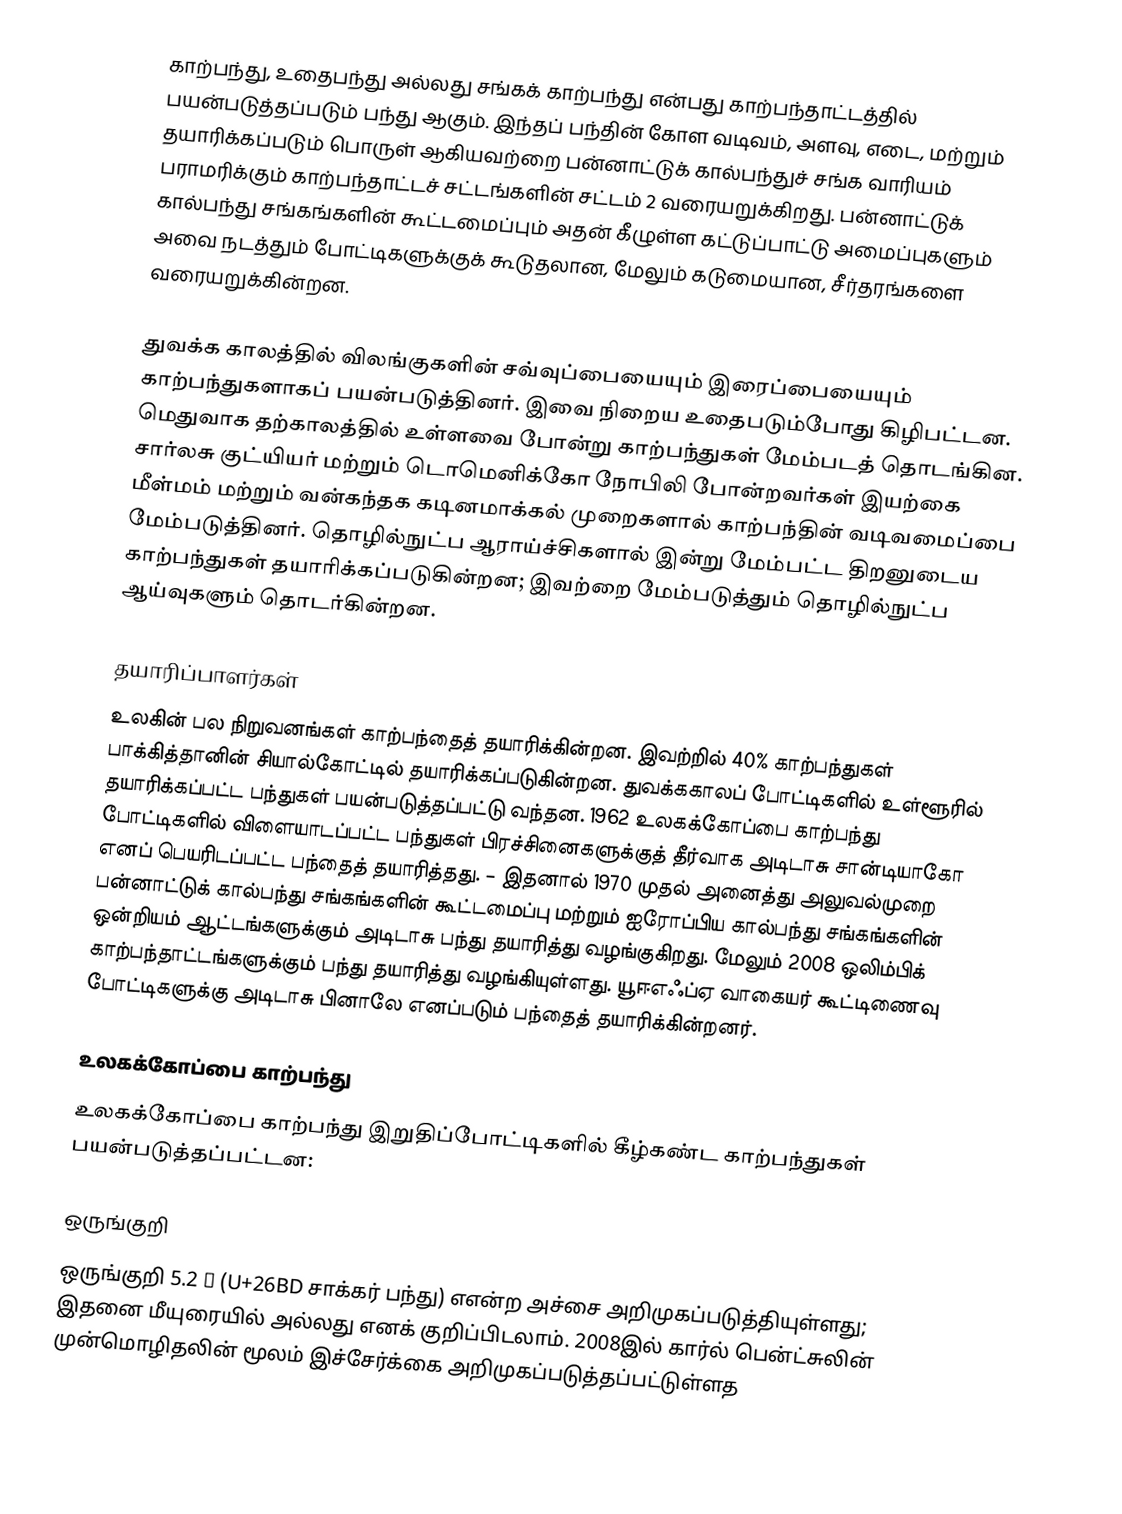
காற்பந்து, உதைபந்து அல்லது சங்கக் காற்பந்து என்பது காற்பந்தாட்டத்தில் பயன்படுத்தப்படும் பந்து ஆகும். இந்தப் பந்தின் கோள வடிவம், அளவு, எடை, மற்றும் தயாரிக்கப்படும் பொருள் ஆகியவற்றை பன்னாட்டுக் கால்பந்துச் சங்க வாரியம் பராமரிக்கும் காற்பந்தாட்டச் சட்டங்களின் சட்டம் 2 வரையறுக்கிறது. பன்னாட்டுக் கால்பந்து சங்கங்களின் கூட்டமைப்பும் அதன் கீழுள்ள கட்டுப்பாட்டு அமைப்புகளும் அவை நடத்தும் போட்டிகளுக்குக் கூடுதலான, மேலும் கடுமையான, சீர்தரங்களை வரையறுக்கின்றன.

துவக்க காலத்தில் விலங்குகளின்  சவ்வுப்பையையும் இரைப்பையையும் காற்பந்துகளாகப் பயன்படுத்தினர்.  இவை நிறைய உதைபடும்போது கிழிபட்டன.  மெதுவாக தற்காலத்தில் உள்ளவை போன்று காற்பந்துகள் மேம்படத் தொடங்கின. சார்லசு குட்யியர் மற்றும் டொமெனிக்கோ நோபிலி போன்றவர்கள் இயற்கை மீள்மம் மற்றும் வன்கந்தக கடினமாக்கல் முறைகளால் காற்பந்தின் வடிவமைப்பை மேம்படுத்தினர். தொழில்நுட்ப ஆராய்ச்சிகளால் இன்று மேம்பட்ட திறனுடைய காற்பந்துகள் தயாரிக்கப்படுகின்றன; இவற்றை மேம்படுத்தும் தொழில்நுட்ப ஆய்வுகளும் தொடர்கின்றன.

தயாரிப்பாளர்கள்
உலகின் பல நிறுவனங்கள் காற்பந்தைத் தயாரிக்கின்றன. இவற்றில் 40% காற்பந்துகள்  பாக்கித்தானின் சியால்கோட்டில் தயாரிக்கப்படுகின்றன. துவக்ககாலப் போட்டிகளில் உள்ளூரில் தயாரிக்கப்பட்ட பந்துகள்  பயன்படுத்தப்பட்டு வந்தன. 1962 உலகக்கோப்பை காற்பந்து போட்டிகளில் விளையாடப்பட்ட பந்துகள் பிரச்சினைகளுக்குத் தீர்வாக அடிடாசு சான்டியாகோ எனப் பெயரிடப்பட்ட பந்தைத் தயாரித்தது. – இதனால் 1970 முதல் அனைத்து அலுவல்முறை பன்னாட்டுக் கால்பந்து சங்கங்களின் கூட்டமைப்பு மற்றும் ஐரோப்பிய கால்பந்து சங்கங்களின் ஒன்றியம் ஆட்டங்களுக்கும் அடிடாசு பந்து தயாரித்து வழங்குகிறது.   மேலும் 2008 ஒலிம்பிக் காற்பந்தாட்டங்களுக்கும்  பந்து தயாரித்து வழங்கியுள்ளது.  யூஈஎஃப்ஏ வாகையர் கூட்டிணைவு போட்டிகளுக்கு அடிடாசு பினாலே எனப்படும் பந்தைத் தயாரிக்கின்றனர்.

உலகக்கோப்பை காற்பந்து
உலகக்கோப்பை காற்பந்து இறுதிப்போட்டிகளில் கீழ்கண்ட காற்பந்துகள் பயன்படுத்தப்பட்டன:

ஒருங்குறி
ஒருங்குறி 5.2  ⚽ (U+26BD சாக்கர் பந்து) எஎன்ற அச்சை அறிமுகப்படுத்தியுள்ளது; இதனை மீயுரையில்   அல்லது  எனக் குறிப்பிடலாம். 2008இல் கார்ல் பென்ட்சுலின் முன்மொழிதலின் மூலம் இச்சேர்க்கை அறிமுகப்படுத்தப்பட்டுள்ளத